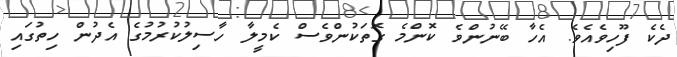
ދެކެ ފޫހިވެއެވެ. އެހާ ބޭނުންވެ ކޮންމެ ގޮތަކުންވެސް ކެމީލާ ހާސިލުކުރުމުގެ އެދުން ހިތުގައި